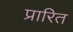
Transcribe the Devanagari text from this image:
प्रारित